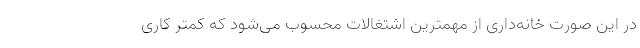
در این صورت خانه‌داری از مهمترین اشتغالات محسوب می‌شود که کمتر کاری